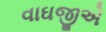
વાઘજીએ